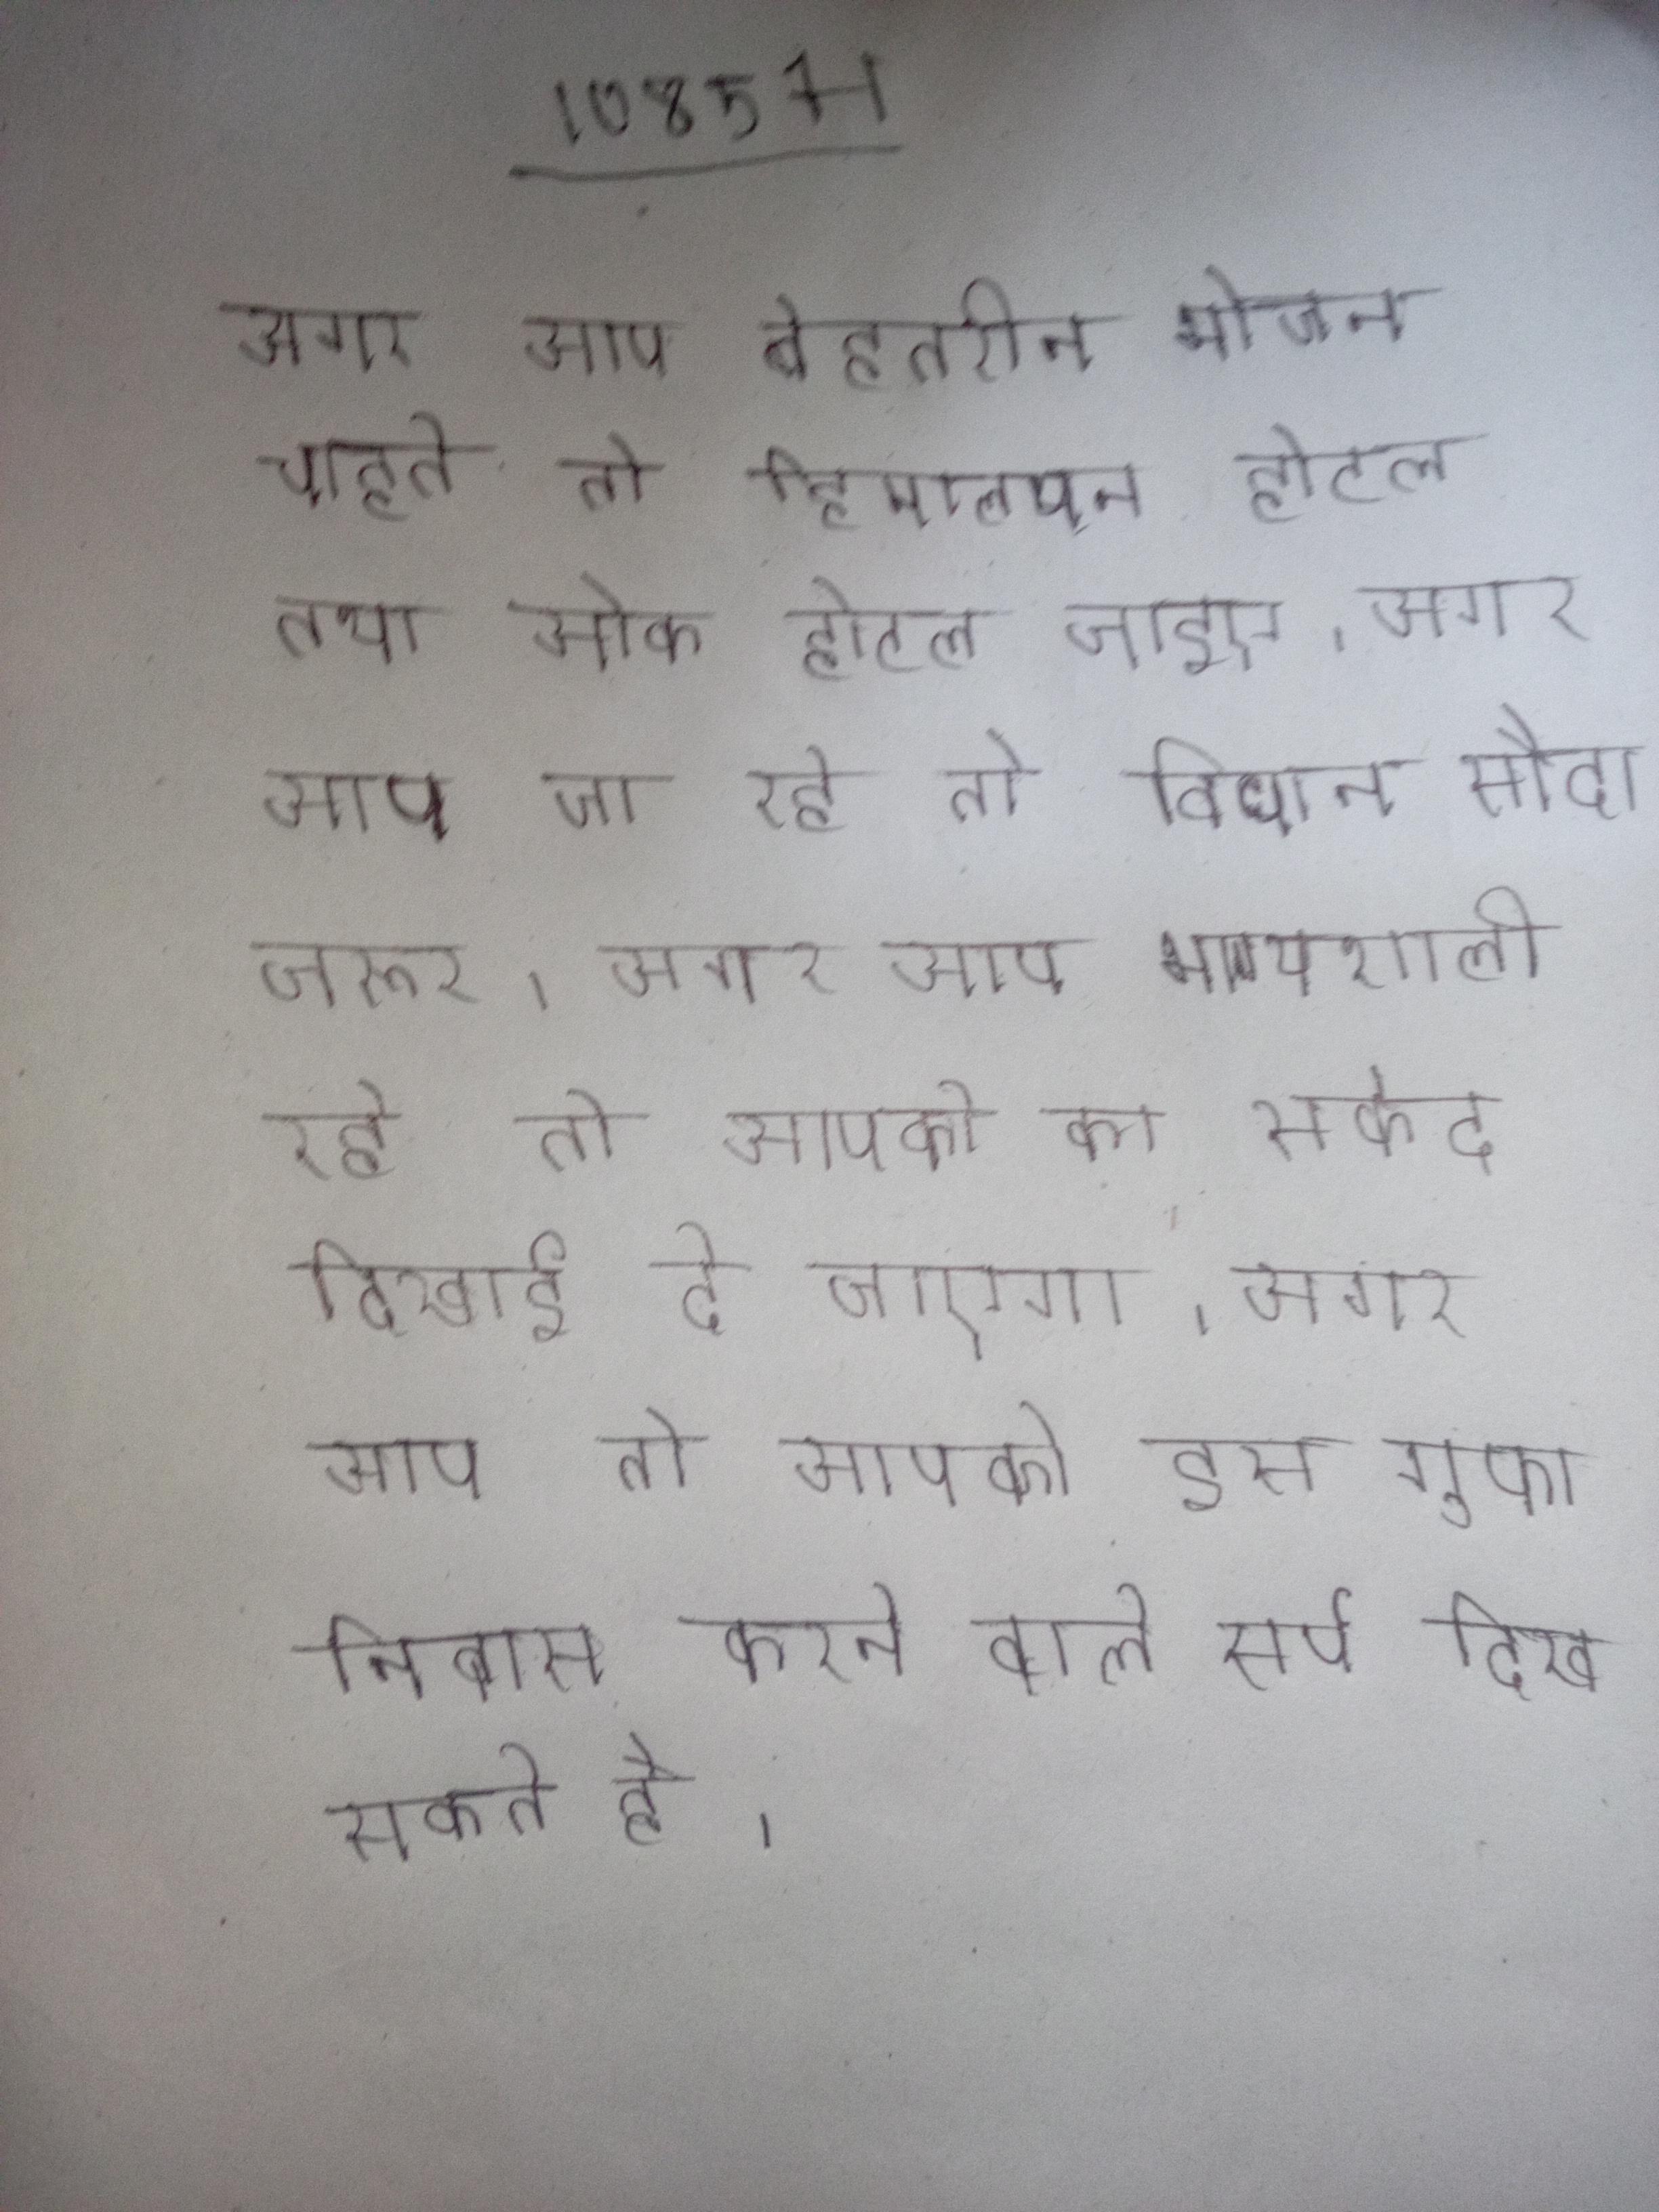
अगर आप बेहतरीन भोजन चाहते तो हिमालयन होटल तथा ओक होटल जाइए । अगर आप जा रहे तो विधान सौदा जरूर । अगर आप भाग्यशाली रहे तो आपको का सफेद दिखाई दे जाएगा । अगर आप तो आपको इस गुफा निवास करने वाले सर्प दिख सकते है ।